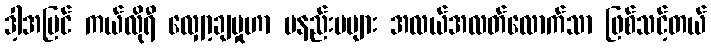
ဒါ့အပြင် ကယ်လိုရီ လျှော့ချမှုဟာ မနည်းမများ အလယ်အလတ်လောက်သာ ဖြစ်သင့်တယ်